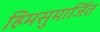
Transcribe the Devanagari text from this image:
हिमसुमार्जित